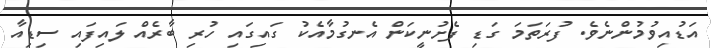
އަޑުއިވުމުންނެވެ. ފުރަތަމަ ގަޑި ފެށުނީކަން އެނގުމާއެކު ގައިގައި ހުރި ބާރެއް ލައިފައި ސިޑިއާ